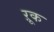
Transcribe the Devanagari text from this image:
ऱूक